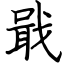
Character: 戢